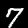
Digit: 7